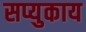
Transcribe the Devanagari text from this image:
सप्युकाय